Annual administration and progress report of the Indian Medical Department, Bombay
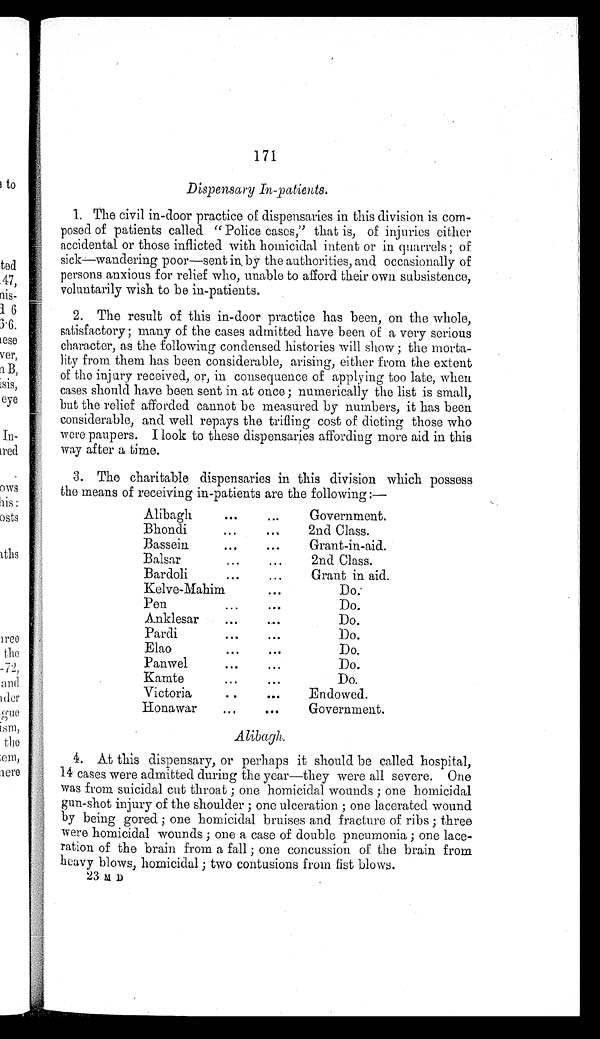
171
Dispensary In-patients.
1. The civil in-door practice of dispensaries in this division is com
-
posed of patients called "Police cases," that is, of injuries either
accidental or those inflicted with homicidal intent or in quarrels; of
sick—wandering poor—sent in. by the authorities, and occasionally of
persons anxious for relief who, unable to afford their own subsistence,
voluntarily wish to be in-patients.
2. The result of this in-door practice has been, on the whole,
satisfactory; many of the cases admitted have been of a very serious
character, as the following condensed histories will show; the morta
-
lity from them has been considerable, arising, either from the extent
of the injury received, or, in consequence of applying too late, when
cases should have been sent in at once; numerically the list is small,
but the relief afforded cannot be measured by numbers, it has been
considerable, and well repays the trifling cost of dieting those who
were paupers. I look to these dispensaries affording more aid in this
way after a time.
3. The charitable dispensaries in this division which possess
the means of receiving in-patients are the following:—
Alibagh . . .
Government.
Bhondi . . .
2nd Class.
Bassein . . .
Grant-in-aid.
Balsar . . .
2nd Class.
Bardoli . . .
Grant in aid.
Kelve-Mahim . . .
Do.
Pen . . .
Do.
Anklesar . . .
Do.
Pardi . . .
Do.
Elao . . .
Do.
Panwel . . .
Do.
Kamte . . .
Do.
Victoria . . .
Endowed.
Honawar . . . Government.
Alibagh.
4. At this dispensary, or perhaps it should be called hospital,
14 cases were admitted during the year—they were all severe. One
was from suicidal cut throat; one homicidal wounds; one homicidal
gun-shot injury of the shoulder; one ulceration; one lacerated wound
by being gored; one homicidal bruises and fracture of ribs; three
were homicidal wounds; one a case of double pneumonia; one lace-
- r a t i o n o f t h e b r a i n f r o m a f a l l ; o n e c o n c u s s i o n o f t h e b r a i n f r o m
heavy blows, homicidal; two contusions from fist blows.
2 3 M D